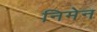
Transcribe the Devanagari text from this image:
निमेन